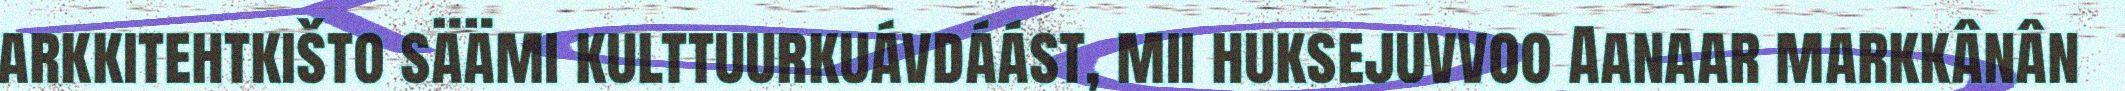
arkkitehtkišto säämi kulttuurkuávdáást, mii huksejuvvoo Aanaar markkânân